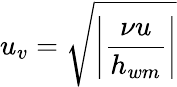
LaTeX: u_{v}=\sqrt{\left|\frac{\nu u}{h_{wm}}\right|}